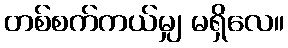
တစ်စက်ကယ်မျှ မရှိလေ။